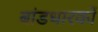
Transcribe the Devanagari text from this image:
बांडधारकों